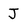
Character: J